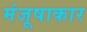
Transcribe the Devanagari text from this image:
मंजूषाकार